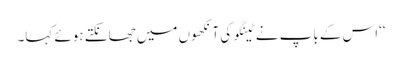
‘‘اس کے باپ نے ٹینگو کی آنکھوں میں جھانکتے ہوئے کہا۔